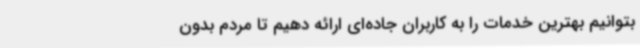
بتوانیم بهترین خدمات را به کاربران جاده‌ای ارائه دهیم تا مردم بدون